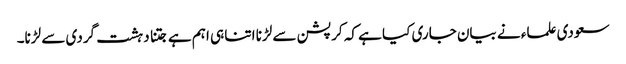
سعودی علماء نے بیان جاری کیا ہے کہ کرپشن سے لڑنا اتنا ہی اہم ہے جتنا دہشت گردی سے لڑنا۔